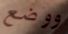
ووضع